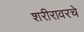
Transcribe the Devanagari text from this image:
शरीरावरचे